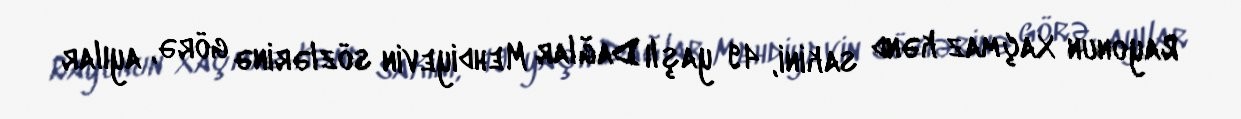
Rayonun Xaçmaz kənd sakini, 49 yaşlı Dağlar Mehdiyevin sözlərinə görə, ayılar